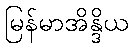
မြန်မာအိန္ဒိယ